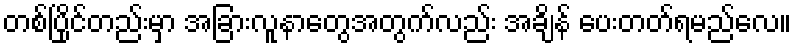
တစ်ပြိုင်တည်းမှာ အခြားလူနာတွေအတွက်လည်း အချိန် ပေးတတ်ရမည်လေ။